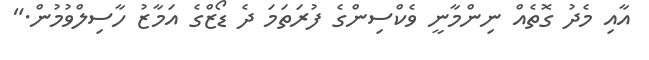
އާއި މެދު ގޮތެއް ނިންމާނީ ވެކްސިންގެ ފުރަތަމަ ދެ ޑޯޒްގެ އަމާޒު ހާސިލްވުމުން."